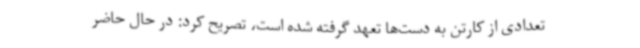
تعدادی از کارتن به دست‌ها تعهد گرفته شده است، تصریح کرد: در حال حاضر